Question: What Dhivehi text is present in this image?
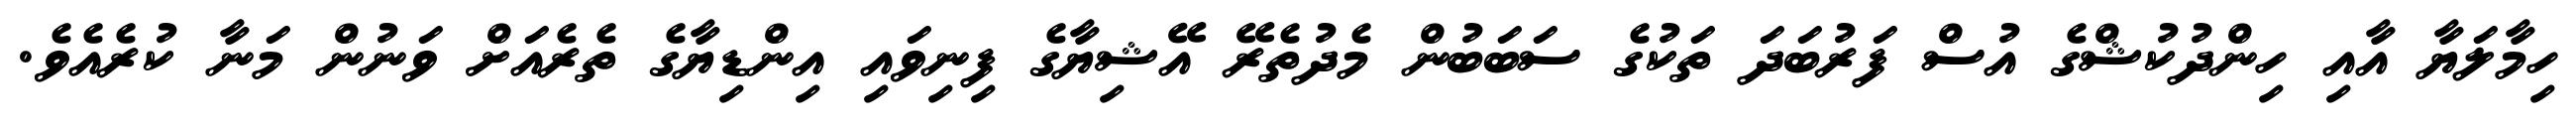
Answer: ހިމާލަޔާ އާއި ހިންދުކުޝްގެ އުސް ފަރުބަދަ ތަކުގެ ސަބަބުން މެދުތެރޭ އޭޝިޔާގެ ފިނިވައި އިންޑިޔާގެ ތެރެއަށް ވަނުން މަނާ ކުރެއެވެ.